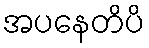
အပနေတိပိ